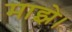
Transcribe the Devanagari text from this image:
माझे।